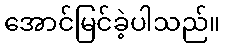
အောင်မြင်ခဲ့ပါသည်။